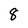
Character: 8